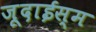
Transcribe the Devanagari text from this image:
जूदाईस्म